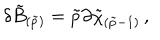
LaTeX: \delta \tilde { B } _ { ( \tilde { p } ) } = \tilde { p } \partial \tilde { \chi } _ { ( \tilde { p } - 1 ) } \, ,